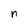
Character: n